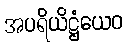
အပရိယိဋ္ဌံယေဝ